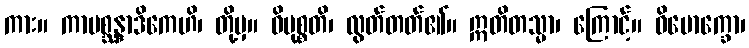
ကား။ ကာမစ္ဆန္ဒာဒိကေဟိ၊ တို့မှ။ ဝိမုစ္စတိ၊ လွတ်တတ်၏။ ဣတိတသ္မာ၊ ကြောင့်။ ဝိမောက္ခော၊